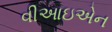
વીઆઇએન